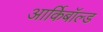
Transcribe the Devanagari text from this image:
आर्किबॉल्ड